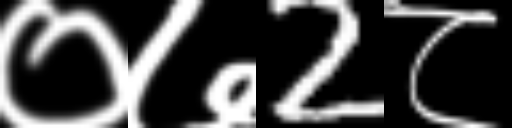
Text: ०७2८